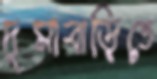
দুমাবাড়িতে